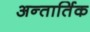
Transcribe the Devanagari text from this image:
अन्तार्तिक